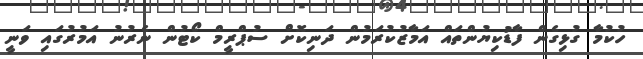
ހުކުމާ ގުޅިގެން ފާޑުކިޔުންތައް އަމާޒުކުރަމުން ދަނިކޮށް ސުޕްރީމް ކޯޓުން ނެރުނު އަމުރުގައި ވަނީ